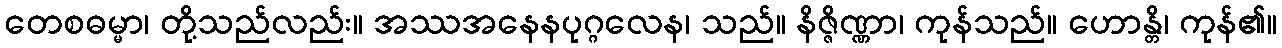
တေစဓမ္မာ၊ တို့သည်လည်း။ အဿအနေနပုဂ္ဂလေန၊ သည်။ နိဇ္ဇိဏ္ဏာ၊ ကုန်သည်။ ဟောန္တိ၊ ကုန်၏။